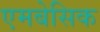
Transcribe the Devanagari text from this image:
एमबेसिक